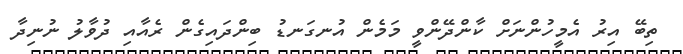
ތިބޭ އިރު އެމީހުންނަށް ކާންދޭންވީ މަމެން އުނގަނޑު ބިންދައިގެން ރެއާއި ދުވާލު ނުނިދާ